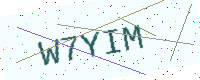
Text: W7YIM